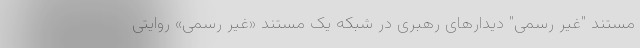
مستند "غیر رسمی" دیدارهای رهبری در شبکه یک مستند «غیر رسمی» روایتی